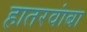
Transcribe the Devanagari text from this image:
हातरवांबा